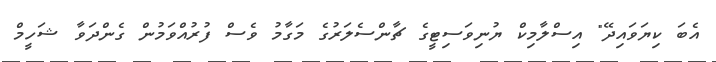
އެބަ ކިޔަވައިދޭ" އިސްލާމިކް ޔުނިވަސިޓީގެ ޗާންސެލަރުގެ މަގާމު ވެސް ފުރުއްވަމުން ގެންދަވާ ޝަހީމް